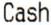
CASH